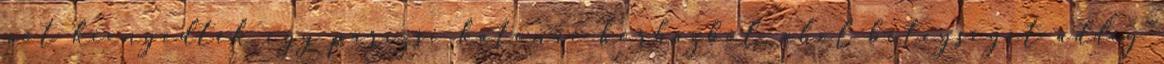
nőt kiengedték egy párizsi katonai kórházból, ahol betegségét addig